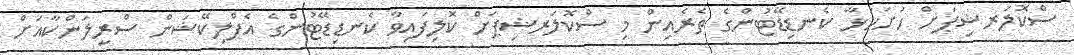
ސްކޮލަރޝިޕަށް ހުށަހަޅާ ކެނޑިޑޭޓުންގެ ތެރެއިން މި ސްކޮލަރޝިޕަށް ކޮލިފައިވާ ކެނޑިޑޭޓުންގެ އެޕްލިކޭޝަން ސްރީލަންކާއަށް